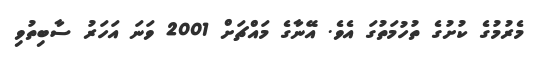
މެރުމުގެ ކުށުގެ ތުހުމަތުގަ އެވެ. އޭނާގެ މައްޗަށް 2001 ވަނަ އަހަރު ސާބިތުވި